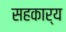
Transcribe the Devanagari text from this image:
सहकार्‍य